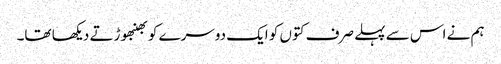
ہم نے اس سے پہلے صرف کتوں کو ایک دوسرے کو بھنبھوڑتے دیکھا تھا۔